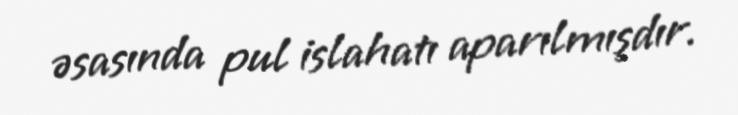
əsasında pul islahatı aparılmışdır.